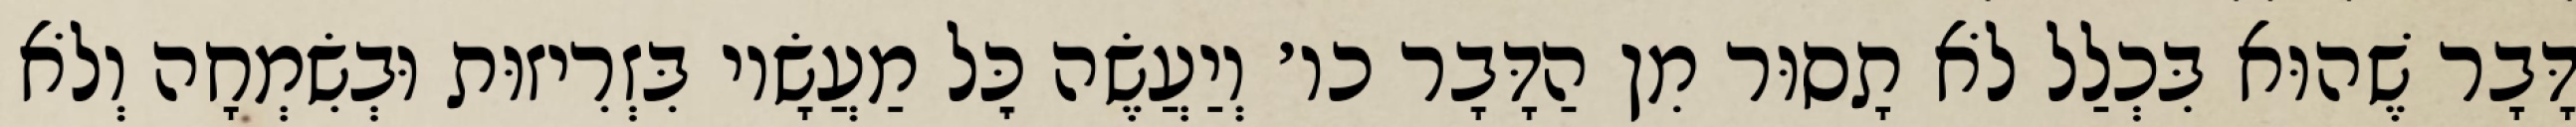
דָּבָר שֶׁהוּא בִּכְלַל לֹא תָסוּר מִן הַדָּבָר כו׳ וְיַעֲשֶׂה כׇּל מַעֲשָׂיו בִּזְרִיזוּת וּבְשִׂמְחָה וְלֹא